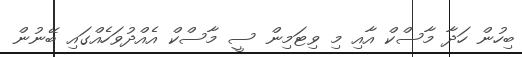
ބިހުން ހަދާ މާސްކް އާއި މި ވިޓަމިން ސީ މާސްކް އެއްދުވަހެއްގައި ބޭނުން